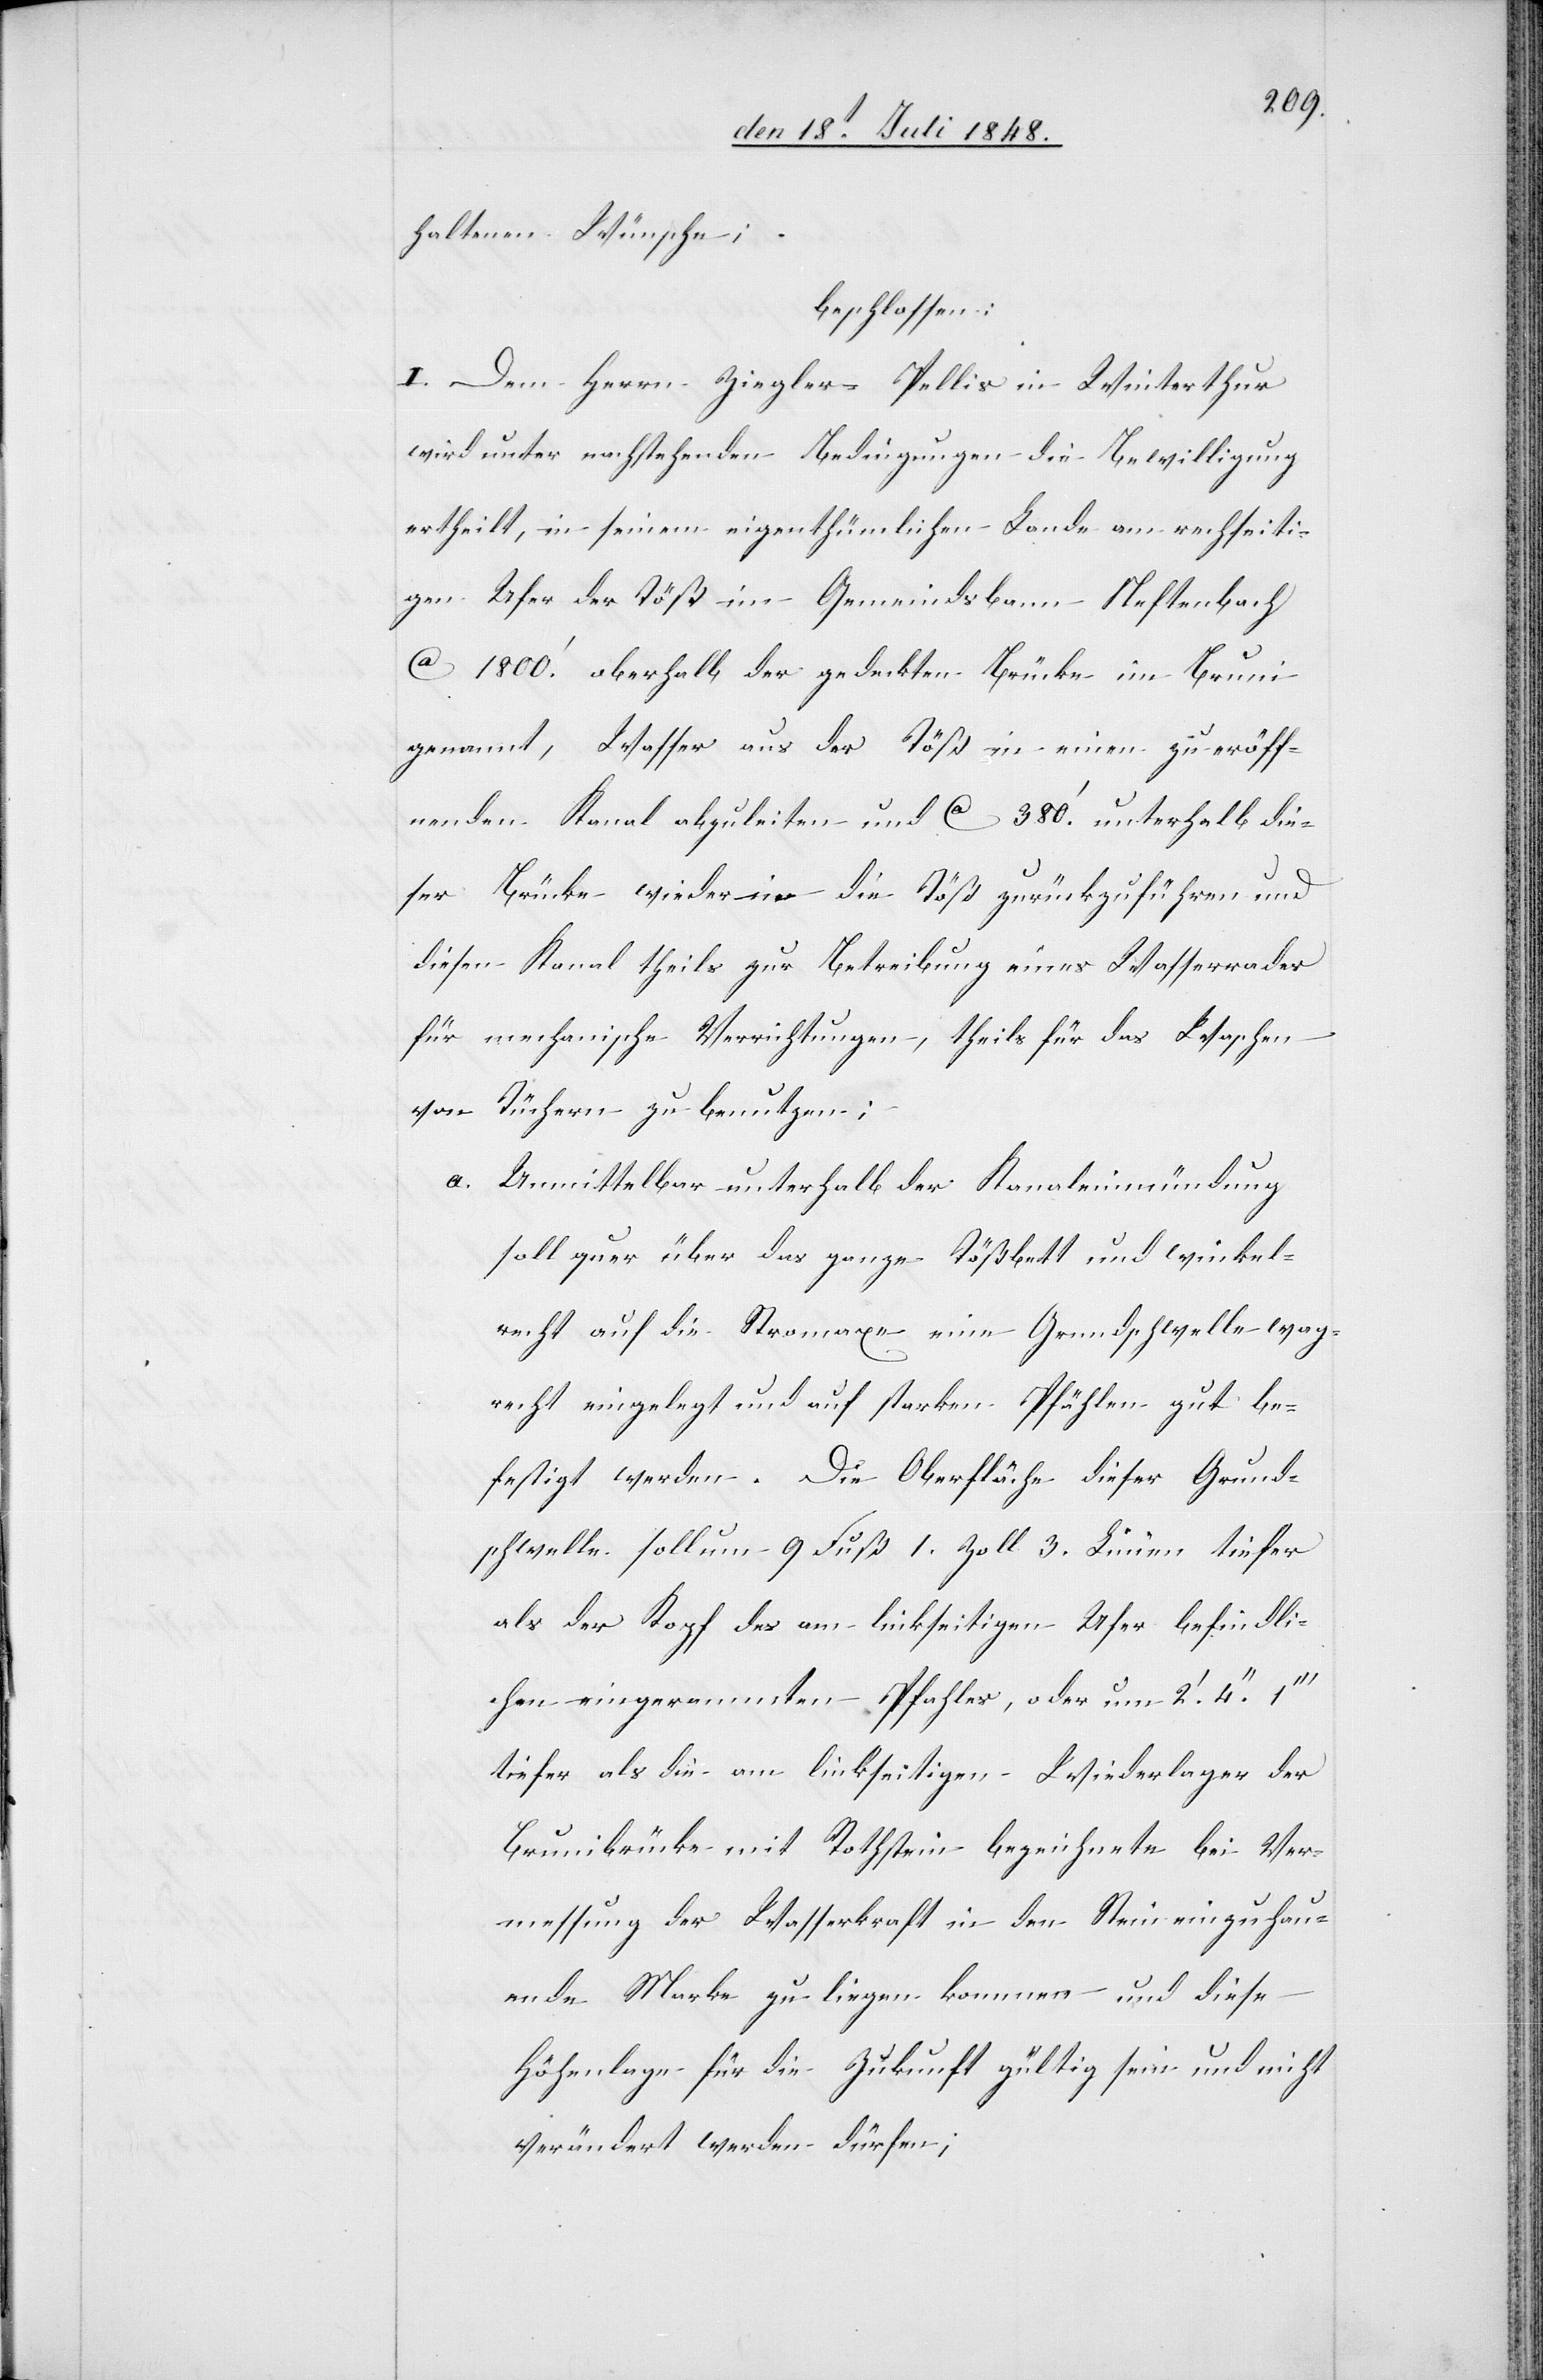
haltenen Wünsche;
beschlossen:
I. Dem Herrn Ziegler-Pellis in Winterthur
wird unter nachstehenden Bedingungen die Bewilligung
ertheilt, in seinem eigentümlichen Lande am rechtseiti¬
gen Ufer der Töß im Gemeindsbann Neftenbach
ca. 1800.’ oberhalb der gedeckten Brücke im Bruni
genannt, Wasser aus der Töß in einen zu eröff¬
nenden Kanal abzuleiten und ca. 380.’ unterhalb die¬
ser Brücke wieder in die Töß zurückzuführen und
diesen Kanal theils zur Betreibung eines Wasserrades
für mechanische Verrichtungen, theils für das Waschen
von Tüchern zu benutzen;
a. Unmittelbar unterhalb der Kanaleinmündung
soll quer über das ganze Tößbett und winkel¬
recht auf die Stromaxe eine Grundschwelle wag¬
recht eingelegt und auf starken Pfählen gut be¬
festigt werden. Die Oberfläche dieser Grund¬
schwelle soll um 9 Fuß 1. Zoll 3. Linien tiefer
als der Kopf des am linkseitigen Ufer befindli¬
chen eingerammten Pfahles, oder um 2.’ 4.’’
tiefer als die am linkseitigen Wiederlager der
Brunibrücke mit Rothstein bezeichnete bei Ver¬
messung der Wasserkraft in den Stein einzuhau¬
ende Marke zu liegen kommen und diese
Höhenlage für die Zukunft gültig sein und nicht
verändert werden dürfen;